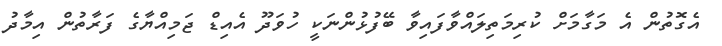
އެގޮތުން އެ މަގާމަށް ކުރިމަތިލައްވާފައިވާ ބޭފުޅުންނަކީ ހުވަދޫ އެއިޑް ޖަމިއްޔާގެ ފަރާތުން އިމާދު